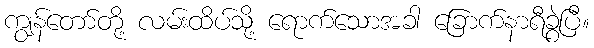
ကျွန်တော်တို့ လမ်းထိပ်သို့ ရောက်သောအခါ ခြောက်နာရီခွဲပြီ။